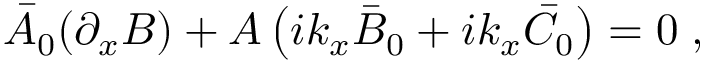
\bar { A } _ { 0 } ( \partial _ { x } B ) + A \left( i k _ { x } \bar { B } _ { 0 } + i k _ { x } \bar { C } _ { 0 } \right) = 0 \; ,